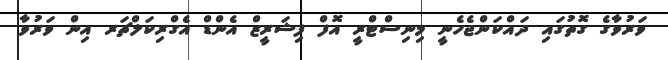
ވަރުވާގެ ގޮތުގައި ދައްކަންޖެހެނީ މިނިސްޓްރީ އޮފް ފިޝަރީޒް އެންޑް އެގްރިކަލްޗަރ އިން ވަރުވާ